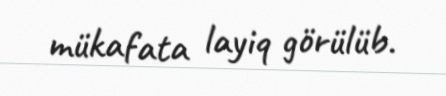
mükafata layiq görülüb.